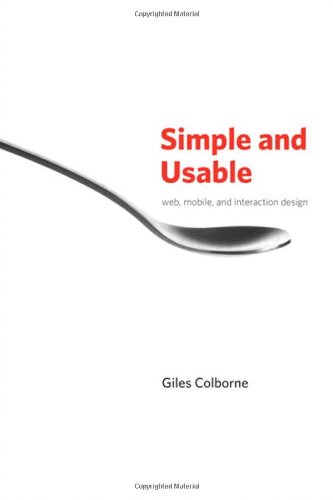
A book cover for Simple and Usable Web, Mobile, and Interaction Design (Voices That Matter); Giles Colborne; Computers & Technology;